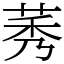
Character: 莠